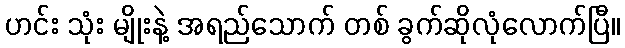
ဟင်း သုံး မျိုးနဲ့ အရည်သောက် တစ် ခွက်ဆိုလုံလောက်ပြီ။